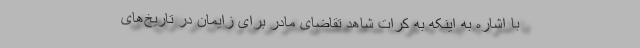
با اشاره به اینکه به کرات شاهد تقاضای مادر برای زایمان در تاریخ‌های